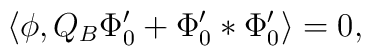
\langle\phi,Q_B\Phi_0^{\prime}+\Phi_0^{\prime}*\Phi_0^{\prime}\rangle=0,